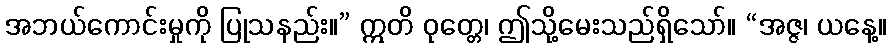
အဘယ်ကောင်းမှုကို ပြုသနည်း။” ဣတိ ဝုတ္တေ၊ ဤသို့မေးသည်ရှိသော်။ “အဇ္ဇ၊ ယနေ့။